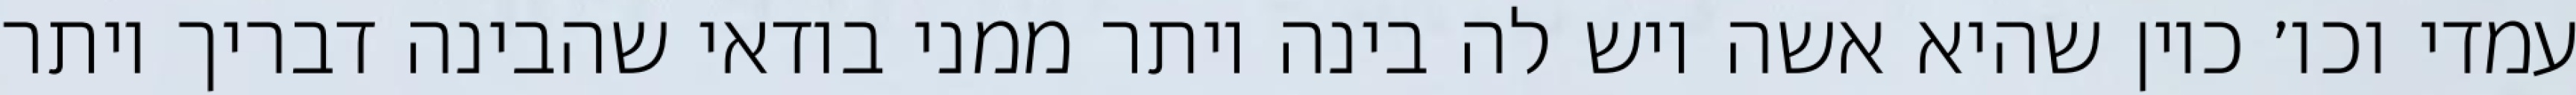
עמדי וכו׳ כיון שהיא אשה ויש לה בינה יותר ממני בודאי שהבינה דבריך יותר